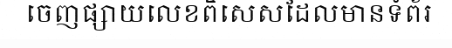
ចេញផ្សាយលេខពិសេសដែលមានទំព័រ